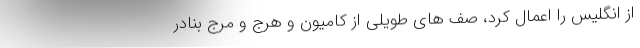
از انگلیس را اعمال کرد، صف های طویلی از کامیون و هرج و مرج بنادر